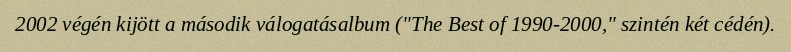
2002 végén kijött a második válogatásalbum ("The Best of 1990-2000," szintén két cédén).